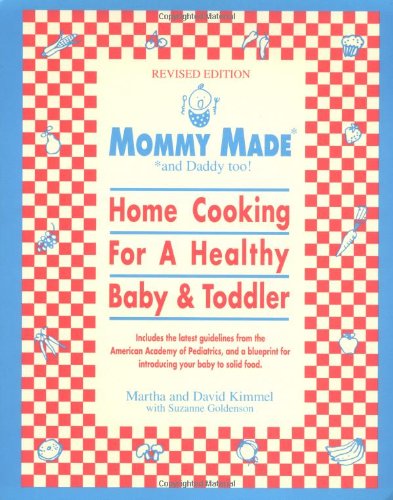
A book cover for Mommy Made and Daddy Too! (Revised): Home Cooking for a Healthy Baby & Toddler; Martha Kimmel; Cookbooks, Food & Wine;